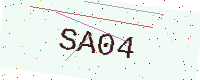
Text: SA04